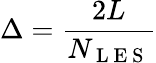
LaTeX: \Delta=\frac{2L}{N_{\mathrm{~L~E~S~}}}